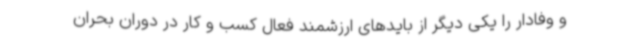
و وفادار را یکی دیگر از بایدهای ارزشمند فعال کسب و کار در دوران بحران